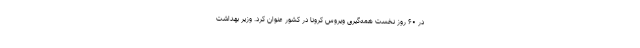
در ۶۰ روز نخست همه‌گیری ویروس کرونا در کشور عنوان کرد. وزیر بهداشت